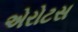
એરોટસ